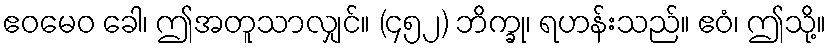
ဧဝမေဝ ခေါ၊ ဤအတူသာလျှင်။ (၄၅၂) ဘိက္ခု၊ ရဟန်းသည်။ ဧဝံ၊ ဤသို့။